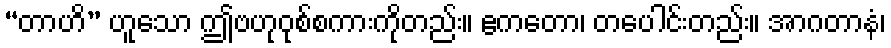
“တာဟိ” ဟူသော ဤဗဟုဝုစ်စကားကိုတည်း။ ဧကတော၊ တပေါင်းတည်း။ အာဂတာနံ၊